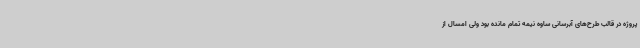
پروژه در قالب طرح‌های آبرسانی ساوه نیمه تمام مانده بود ولی امسال از